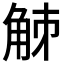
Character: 𧣘